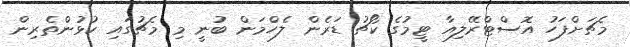
މެޗަށްފަހު އޮސްޓްރޭލިއާ ޓީމުގެ ކޯޗު ޑަރެން ލެހްމަން ބުނީ މި މެޗުގައި ކުޅުންތެރިން